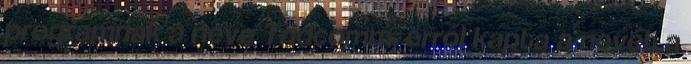
programnak a neve Tridcomm, erről kapta a nevét a